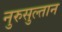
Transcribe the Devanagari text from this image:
नुरुसुल्तान